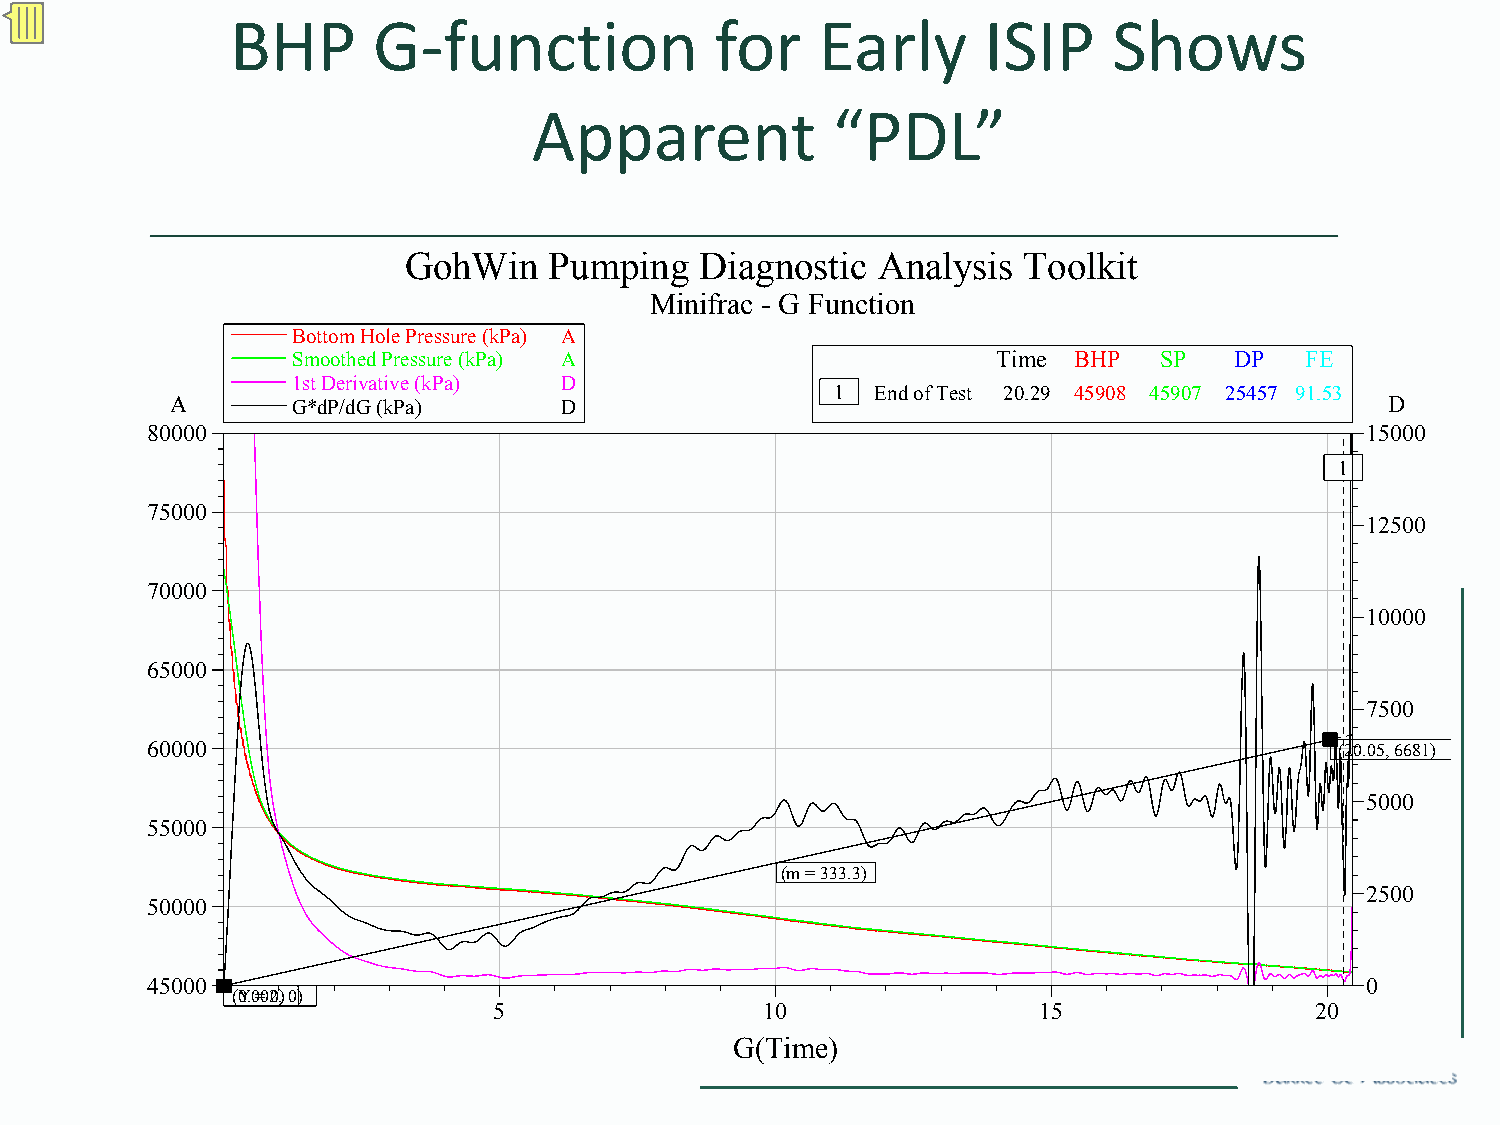
BHP       G‐function            for    Early      ISIP     Shows
 Apparent            “PDL”
 GohWin   Pumping   Diagnostic  Analysis  Toolkit
 Minifrac - G Function
 Bottom Hole Pressure (kPa) A
 Smoothed Pressure (kPa) A                      Time BHP   SP   DP  FE
 1st Derivative (kPa) D
 1  End of Test 20.29 45908 45907 25457 91.53
 A       G*dP/dG (kPa)     D                                                      D
 80000                                                                           15000
 1
 75000
 12500
 70000
 10000
 65000
 7500
 60000                                                                          (20.05, 6681)
 5000
 55000
 (m = 333.3)
 2500
 50000
 45000                                                                           0
 ((Y0. 0=0 20,) 0 )
 5                10                 15                20
 G(Time)
 © 2009